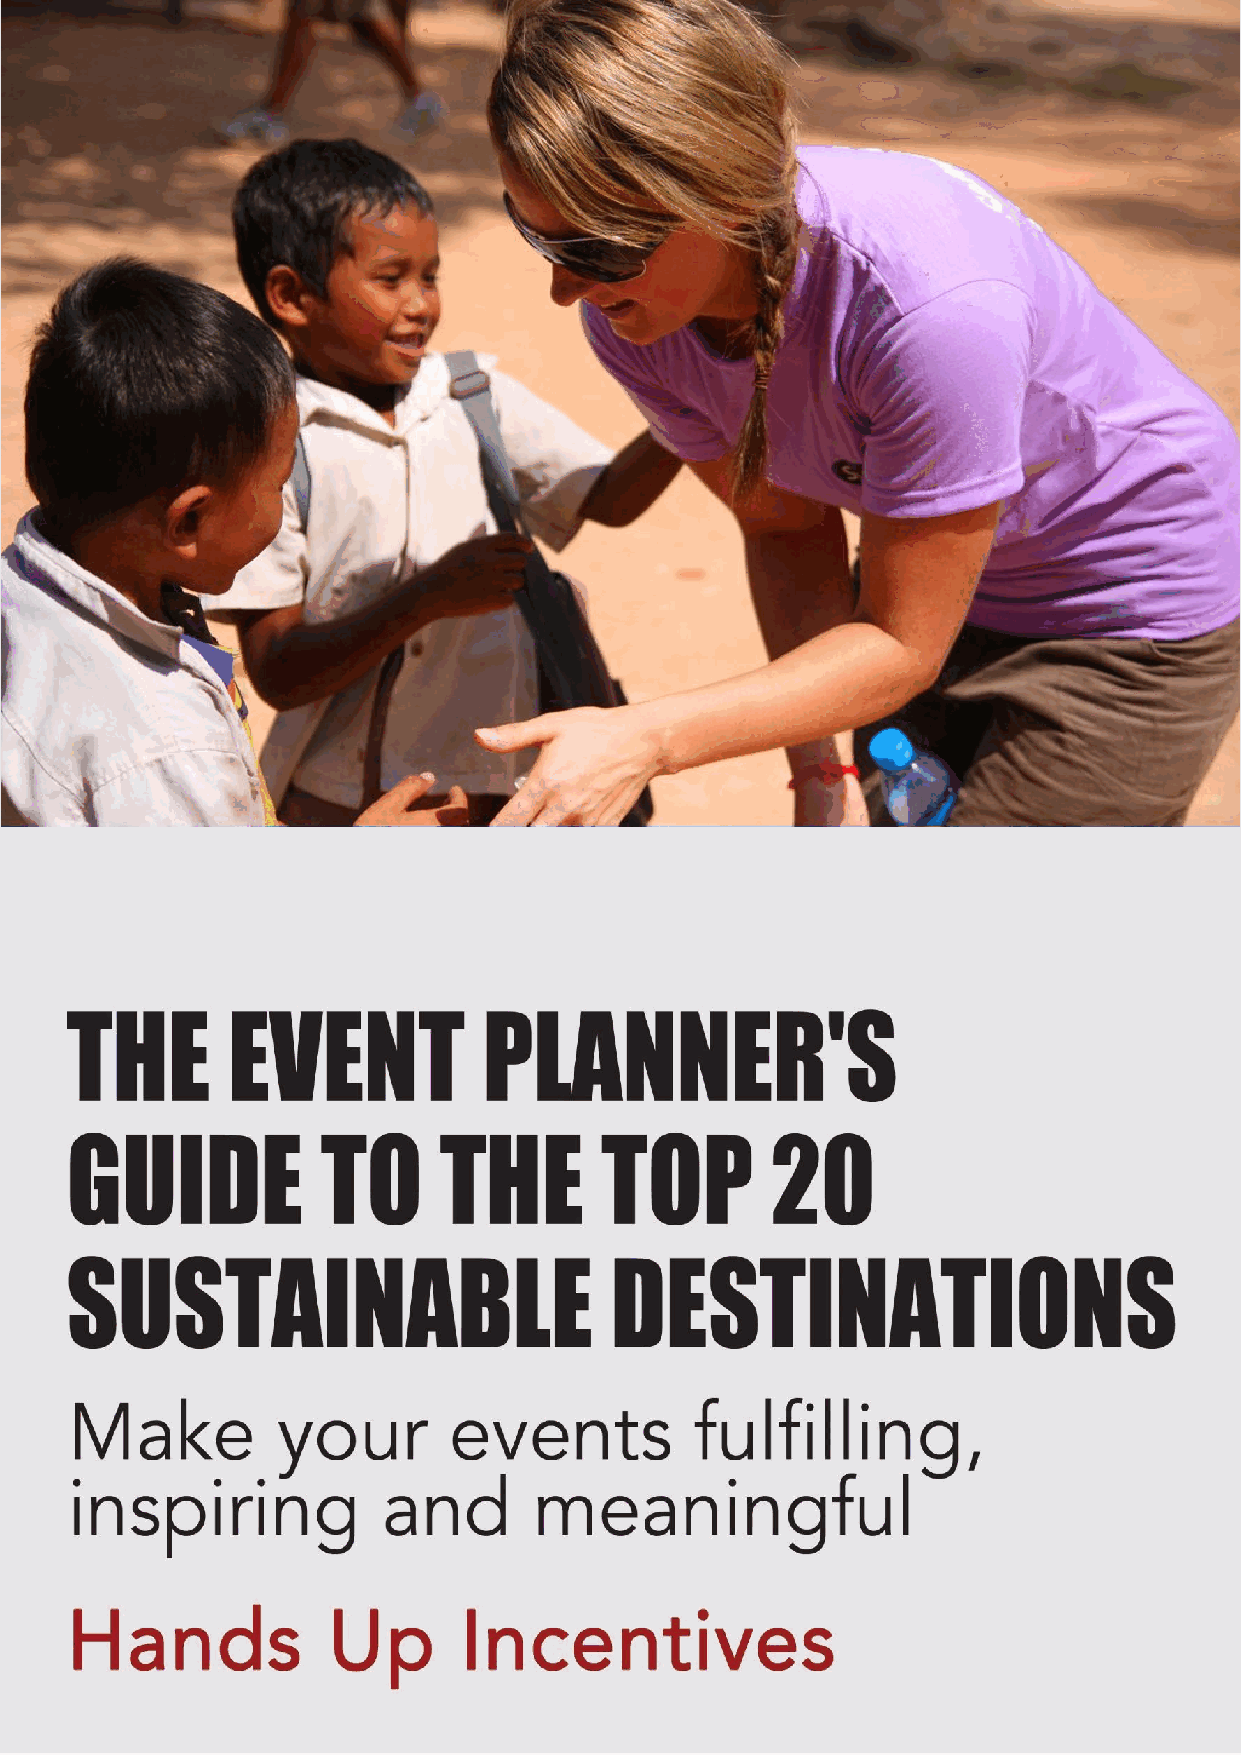
Table of Contents
 Introduction ............................................................................................................................................ 3
 The Top 20 Sustainable Destinations .................................................................................................... 6
 1. Costa Rica ........................................................................................................................................... 7
 2. California........................................................................................................................................... 13
 3. Canada .............................................................................................................................................. 20
 4. New York .......................................................................................................................................... 27
 5. Great Britain .................................................................................................................................... 33
 6. Colorado ........................................................................................................................................... 41
 7. Thailand ............................................................................................................................................ 46
 8. Oregon .............................................................................................................................................. 52
 9. South Africa ...................................................................................................................................... 56
 10. Hawaii ............................................................................................................................................. 62
 11. Bali, Indonesia ................................................................................................................................ 67
 12. Brazil ............................................................................................................................................... 71
 13. New Zealand ................................................................................................................................... 76
 14. Kenya .............................................................................................................................................. 82
 15. Holland ............................................................................................................................................ 86
 16. Florida ............................................................................................................................................. 91
 17. Nevada ............................................................................................................................................ 97
 18. Mexico .......................................................................................................................................... 105
 19. Barbados ....................................................................................................................................... 111
 20. Australia ........................................................................................................................................ 115
 10 Tips for making your event sustainable ....................................................................................... 123
 Appendix - The Criteria ...................................................................................................................... 125
 Next Steps: .......................................................................................................................................... 132
 © 2016 Hands Up Holidays. All Rights Reserved. This guide or any portion thereof
 may not be reproduced or used in any manner whatsoever without the express
 written permission of the publisher except for the use of brief quotations in a book
 review. www.handsupincentives.com
 2